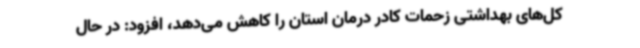
کل‌های بهداشتی زحمات کادر درمان استان را کاهش می‌دهد، افزود: در حال